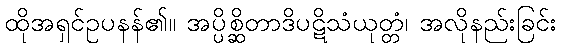
ထိုအရှင်ဥပနန်၏။ အပ္ပိစ္ဆိတာဒိပဋိသံယုတ္တံ၊ အလိုနည်းခြင်း